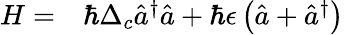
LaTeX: \begin{array}{rl}{H=}&{{}\hbar\Delta_{c}\hat{a}^{\dagger}\hat{a}+\hbar\epsilon\left(\hat{a}+\hat{a}^{\dagger}\right)}\end{array}